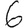
Digit: 6